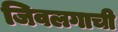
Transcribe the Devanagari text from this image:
जिवलगाची